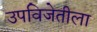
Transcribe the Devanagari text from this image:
उपविजेतीला